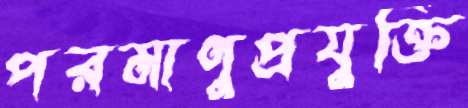
পরমাণুপ্রযুক্তি